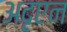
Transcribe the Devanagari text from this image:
अदृएन